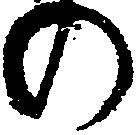
の